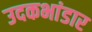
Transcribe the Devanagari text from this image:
उदकभांडार